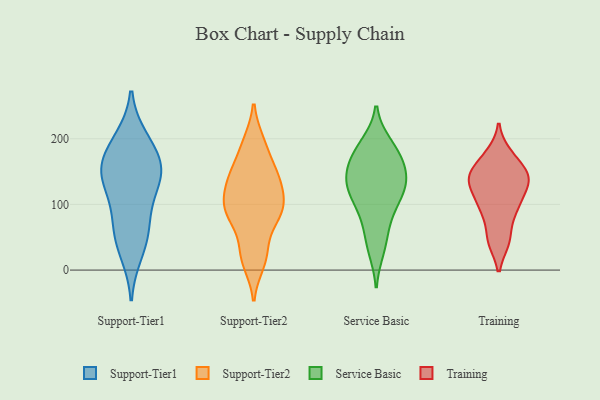
{"axis": {"x": "Operating Costs (USD K)", "y": "Value"}, "legend": ["Service Basic", "Support-Tier1", "Support-Tier2", "Training"], "data": [{"x": "", "y": 199, "type": "Support-Tier1"}, {"x": "", "y": 165, "type": "Support-Tier1"}, {"x": "", "y": 27, "type": "Support-Tier1"}, {"x": "", "y": 194, "type": "Support-Tier1"}, {"x": "", "y": 82, "type": "Support-Tier1"}, {"x": "", "y": 132, "type": "Support-Tier1"}, {"x": "", "y": 124, "type": "Support-Tier1"}, {"x": "", "y": 156, "type": "Support-Tier1"}, {"x": "", "y": 146, "type": "Support-Tier1"}, {"x": "", "y": 156, "type": "Support-Tier1"}, {"x": "", "y": 66, "type": "Support-Tier1"}, {"x": "", "y": 48, "type": "Support-Tier1"}, {"x": "", "y": 27, "type": "Support-Tier2"}, {"x": "", "y": 79, "type": "Support-Tier2"}, {"x": "", "y": 131, "type": "Support-Tier2"}, {"x": "", "y": 24, "type": "Support-Tier2"}, {"x": "", "y": 12, "type": "Support-Tier2"}, {"x": "", "y": 88, "type": "Support-Tier2"}, {"x": "", "y": 149, "type": "Support-Tier2"}, {"x": "", "y": 194, "type": "Support-Tier2"}, {"x": "", "y": 84, "type": "Support-Tier2"}, {"x": "", "y": 126, "type": "Support-Tier2"}, {"x": "", "y": 150, "type": "Support-Tier2"}, {"x": "", "y": 95, "type": "Support-Tier2"}, {"x": "", "y": 104, "type": "Support-Tier2"}, {"x": "", "y": 143, "type": "Support-Tier2"}, {"x": "", "y": 91, "type": "Support-Tier2"}, {"x": "", "y": 191, "type": "Support-Tier2"}, {"x": "", "y": 134, "type": "Service Basic"}, {"x": "", "y": 147, "type": "Service Basic"}, {"x": "", "y": 155, "type": "Service Basic"}, {"x": "", "y": 33, "type": "Service Basic"}, {"x": "", "y": 175, "type": "Service Basic"}, {"x": "", "y": 83, "type": "Service Basic"}, {"x": "", "y": 171, "type": "Service Basic"}, {"x": "", "y": 118, "type": "Service Basic"}, {"x": "", "y": 185, "type": "Service Basic"}, {"x": "", "y": 128, "type": "Service Basic"}, {"x": "", "y": 190, "type": "Service Basic"}, {"x": "", "y": 45, "type": "Service Basic"}, {"x": "", "y": 87, "type": "Service Basic"}, {"x": "", "y": 130, "type": "Service Basic"}, {"x": "", "y": 117, "type": "Service Basic"}, {"x": "", "y": 45, "type": "Training"}, {"x": "", "y": 90, "type": "Training"}, {"x": "", "y": 166, "type": "Training"}, {"x": "", "y": 176, "type": "Training"}, {"x": "", "y": 99, "type": "Training"}, {"x": "", "y": 141, "type": "Training"}, {"x": "", "y": 46, "type": "Training"}, {"x": "", "y": 132, "type": "Training"}, {"x": "", "y": 145, "type": "Training"}, {"x": "", "y": 136, "type": "Training"}, {"x": "", "y": 98, "type": "Training"}, {"x": "", "y": 135, "type": "Training"}]}